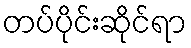
တပ်ပိုင်းဆိုင်ရာ